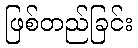
ဖြစ်တည်ခြင်း